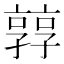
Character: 㝇